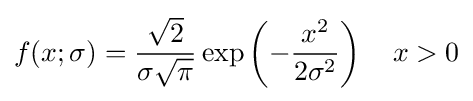
f(x;\sigma )={\frac {\sqrt {2}}{\sigma {\sqrt {\pi }}}}\exp \left(-{\frac {x^{2}}{2\sigma ^{2}}}\right)\quad x>0